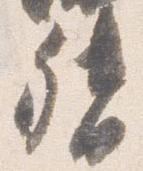
督